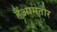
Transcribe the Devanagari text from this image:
हैंआमतौर